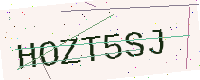
Text: HOZT5SJ